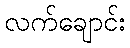
လက်ချောင်း